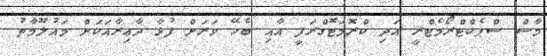
މާސް ސްޕެކްޓްރޯމެޓްރީ އަދި ކްރޮމަޓޮގްރަފީ އާއި ބެހޭ ވަރަށް ފުޅާ ދާޢިރާއަކަށް މައުލޫމާތު